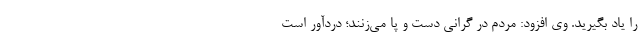
را یاد بگیرید. وی افزود: مردم در گرانی دست و پا می‌زنند؛ دردآور است